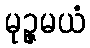
မုဉ္ဇမယံ